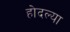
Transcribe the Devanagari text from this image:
होदल्या